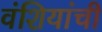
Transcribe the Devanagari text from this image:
वंशियांची